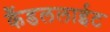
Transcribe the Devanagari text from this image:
कैंडललाईट